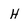
Character: H